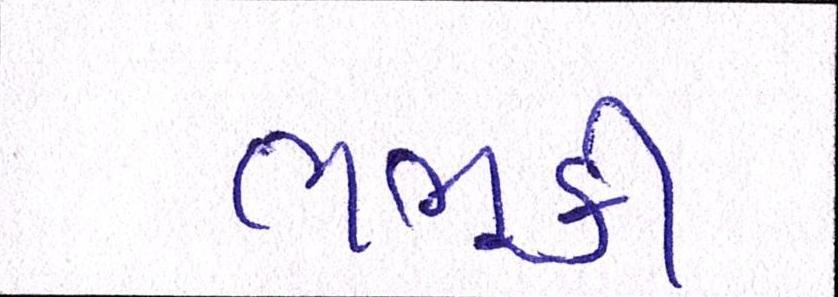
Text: ભભૂકી